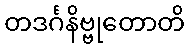
တဒင်္ဂနိဗ္ဗုတောတိ